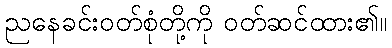
ညနေခင်းဝတ်စုံတို့ကို ဝတ်ဆင်ထား၏။